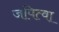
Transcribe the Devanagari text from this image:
जपित्वा